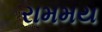
રામમય